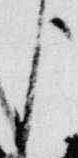
臣